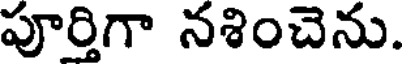
పూర్తిగా నశించెను.